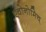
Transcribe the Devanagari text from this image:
एचोनोमिच्